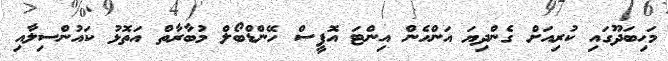
މަހިބަދޫގައި ކުރިއަށް ގެންދިޔަ އަންހެން އިންޓަ އޮފީސް ހޭންޑްބޯލް މުބާރާތް އަތޮޅު ކައުންސިލާއި